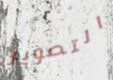
التصوير